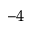
^ { - 4 }